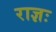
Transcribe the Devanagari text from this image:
राज्ञः